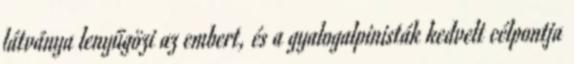
látványa lenyűgözi az embert, és a gyalogalpinisták kedvelt célpontja